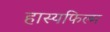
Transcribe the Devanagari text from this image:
हास्यफिल्म